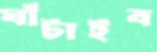
ঘাঁটাইব